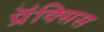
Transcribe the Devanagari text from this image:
प्रॅक्सिस